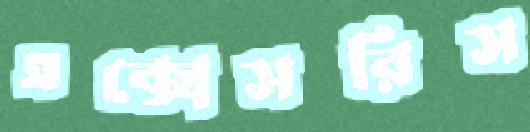
এক্সেসরিস